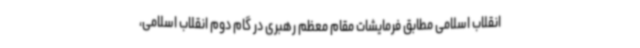
انقلاب اسلامی مطابق فرمایشات مقام معظم رهبری در گام دوم انقلاب اسلامی،